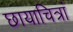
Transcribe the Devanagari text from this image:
छायाचित्रां